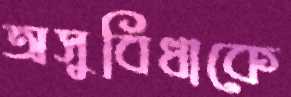
অসুবিধাকে